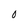
Character: O